Rangoon Lunatic Asylum 1898-1906 - 1898-1906
Year: 1898
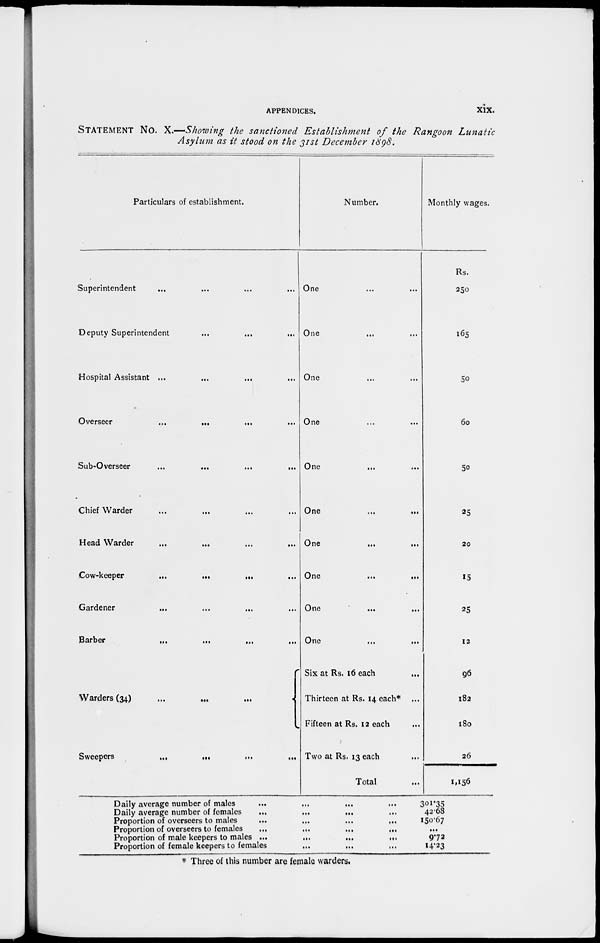
APPENDICES.
xix.
STATEMENT No. X.—Showing the sanctioned Establishment of the Rangoon Lunatic
Asylum as it stood on the 31st December 1898.
Particulars of establishment.
Superintendent
...
...
...
...
Deputy Superintendent ... ... ...
Hospital Assistant ... ... ... ...
Overseer
... ... ... ...
Sub-Overseer
...
...
...
...
Chief Warder ... ... ... ...
Head Warder ... ... ... ...
Cow-keeper
...
...
... ...
Gardener
... ... ... ...
Barber
...
...
...
...
Warders (34) ... ... ...
Sweepers
...
...
...
...
Number.
One ... ...
One ... ...
One ... ...
One ... ...
One
...
...
One
...
...
One
...
...
One ... ...
One
...
...
One ... ...
Six at Rs. 16 each ...
Thirteen at Rs. 14 each* ...
Fifteen at Rs. 12 each ...
Two at Rs. 13 each ...
Total ...
Daily average number of males
...
...
...
...
Daily average number of females ...
...
...
...
Proportion of overseers to males
...
...
...
...
Proportion of overseers to females
...
...
... ...
Proportion of male keepers to males ...
...
...
...
Proportion of female keepers to females
...
...
... ...
Monthly wages.
Rs.
250
165
50
60
50
25
20
15
25
12
96
182
180
26
1,156
301.35
42.68
150.67
...
9.72
14.23
* Three of this number are female warders.